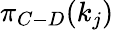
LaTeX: \pi_{C-D}(k_{j})